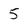
Character: 5